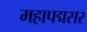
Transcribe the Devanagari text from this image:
महापद्मसर